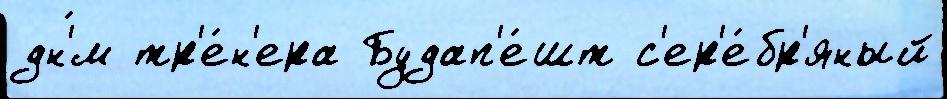
дн'́м тр'е́н'ера Будап'е́шт с'ер'е́бр'яный